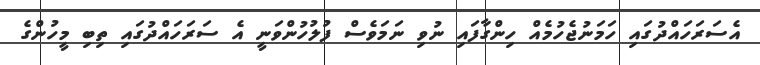
އެސަރަހައްދުގައި ހަމަނުޖެހުމެއް ހިންގާފައި ނުވި ނަމަވެސް ފުލުހުންވަނީ އެ ސަރަހައްދުގައި ތިބި މީހުންގެ